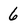
Character: 6